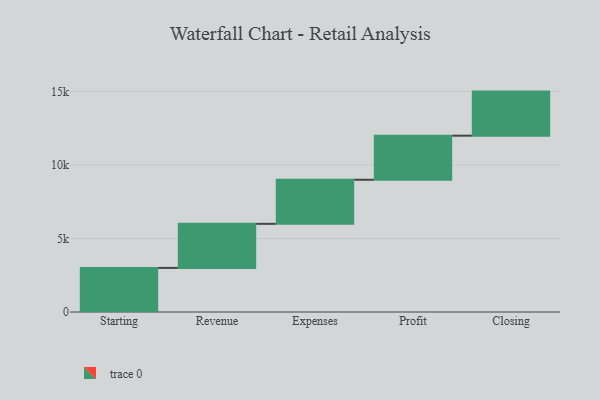
{"axis": {"x": "Step", "y": "Value"}, "legend": [""], "data": [{"x": "Starting", "y": 3000, "type": ""}, {"x": "Revenue", "y": 3000, "type": ""}, {"x": "Expenses", "y": 3000, "type": ""}, {"x": "Profit", "y": 3000, "type": ""}, {"x": "Closing", "y": 3000, "type": ""}]}